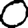
Digit: 0